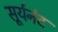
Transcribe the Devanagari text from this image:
सूर्यनंद